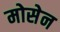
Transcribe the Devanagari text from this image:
मोसेन